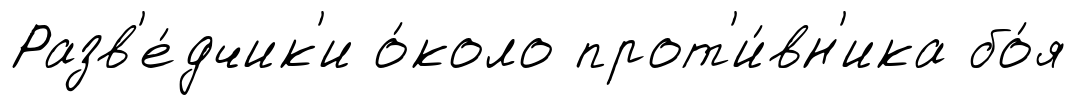
Разв'е́дчик'и о́коло прот'и́вн'ика бо́я